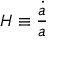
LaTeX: H \equiv { \frac { \dot { a } } { a } }